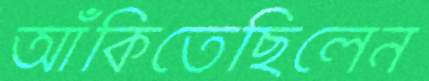
আঁকিতেছিলেন